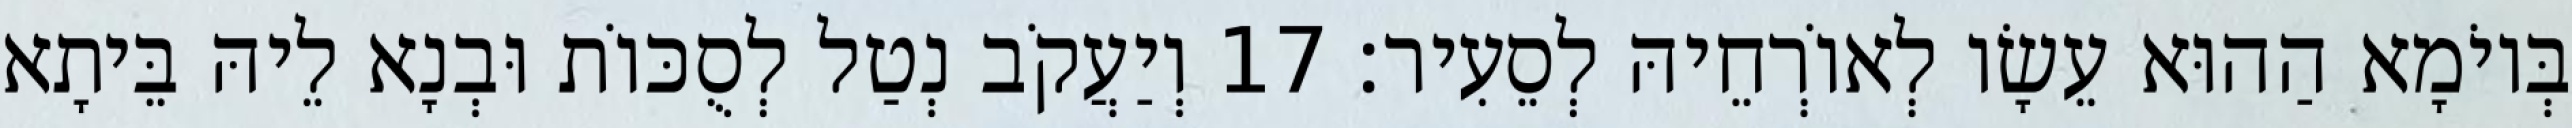
בְּיוֹמָא הַהוּא עֵשָׂו לְאוֹרְחֵיהּ לְסֵעִיר׃ 17 וְיַעֲקֹב נְטַל לְסֻכּוֹת וּבְנָא לֵיהּ בֵּיתָא